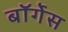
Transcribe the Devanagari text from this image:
बॉर्गेस